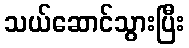
သယ်ဆောင်သွားပြီး